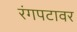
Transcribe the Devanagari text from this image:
रंगपटावर